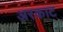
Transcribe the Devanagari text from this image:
अरकाट